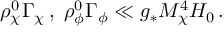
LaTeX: \rho _ { \chi } ^ { 0 } \Gamma _ { \chi } \, , \; \rho _ { \phi } ^ { 0 } \Gamma _ { \phi } \ll g _ { * } M _ { \chi } ^ { 4 } H _ { 0 } \, .